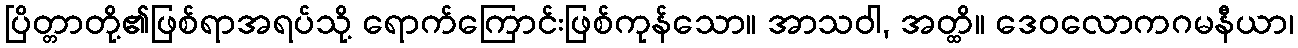
ပြိတ္တာတို့၏ဖြစ်ရာအရပ်သို့ ရောက်ကြောင်းဖြစ်ကုန်သော။ အာသဝါ, အတ္ထိ။ ဒေဝလောကဂမနီယာ၊